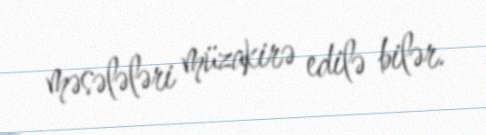
məsələləri müzakirə edilə bilər.